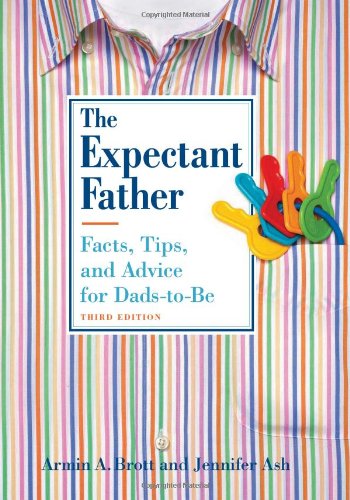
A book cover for The Expectant Father: Facts, Tips, and Advice for Dads-to-Be (New Father Series); Armin A. Brott; Parenting & Relationships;